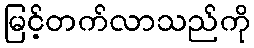
မြင့်တက်လာသည်ကို